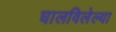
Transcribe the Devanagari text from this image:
घालविलेल्या